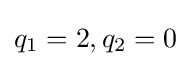
q_{1}=2,q_{2}=0